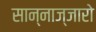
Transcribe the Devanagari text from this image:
सान्नाज्जारो